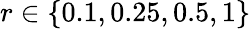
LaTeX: r\in\{ 0.1,0.25,0.5,1\}